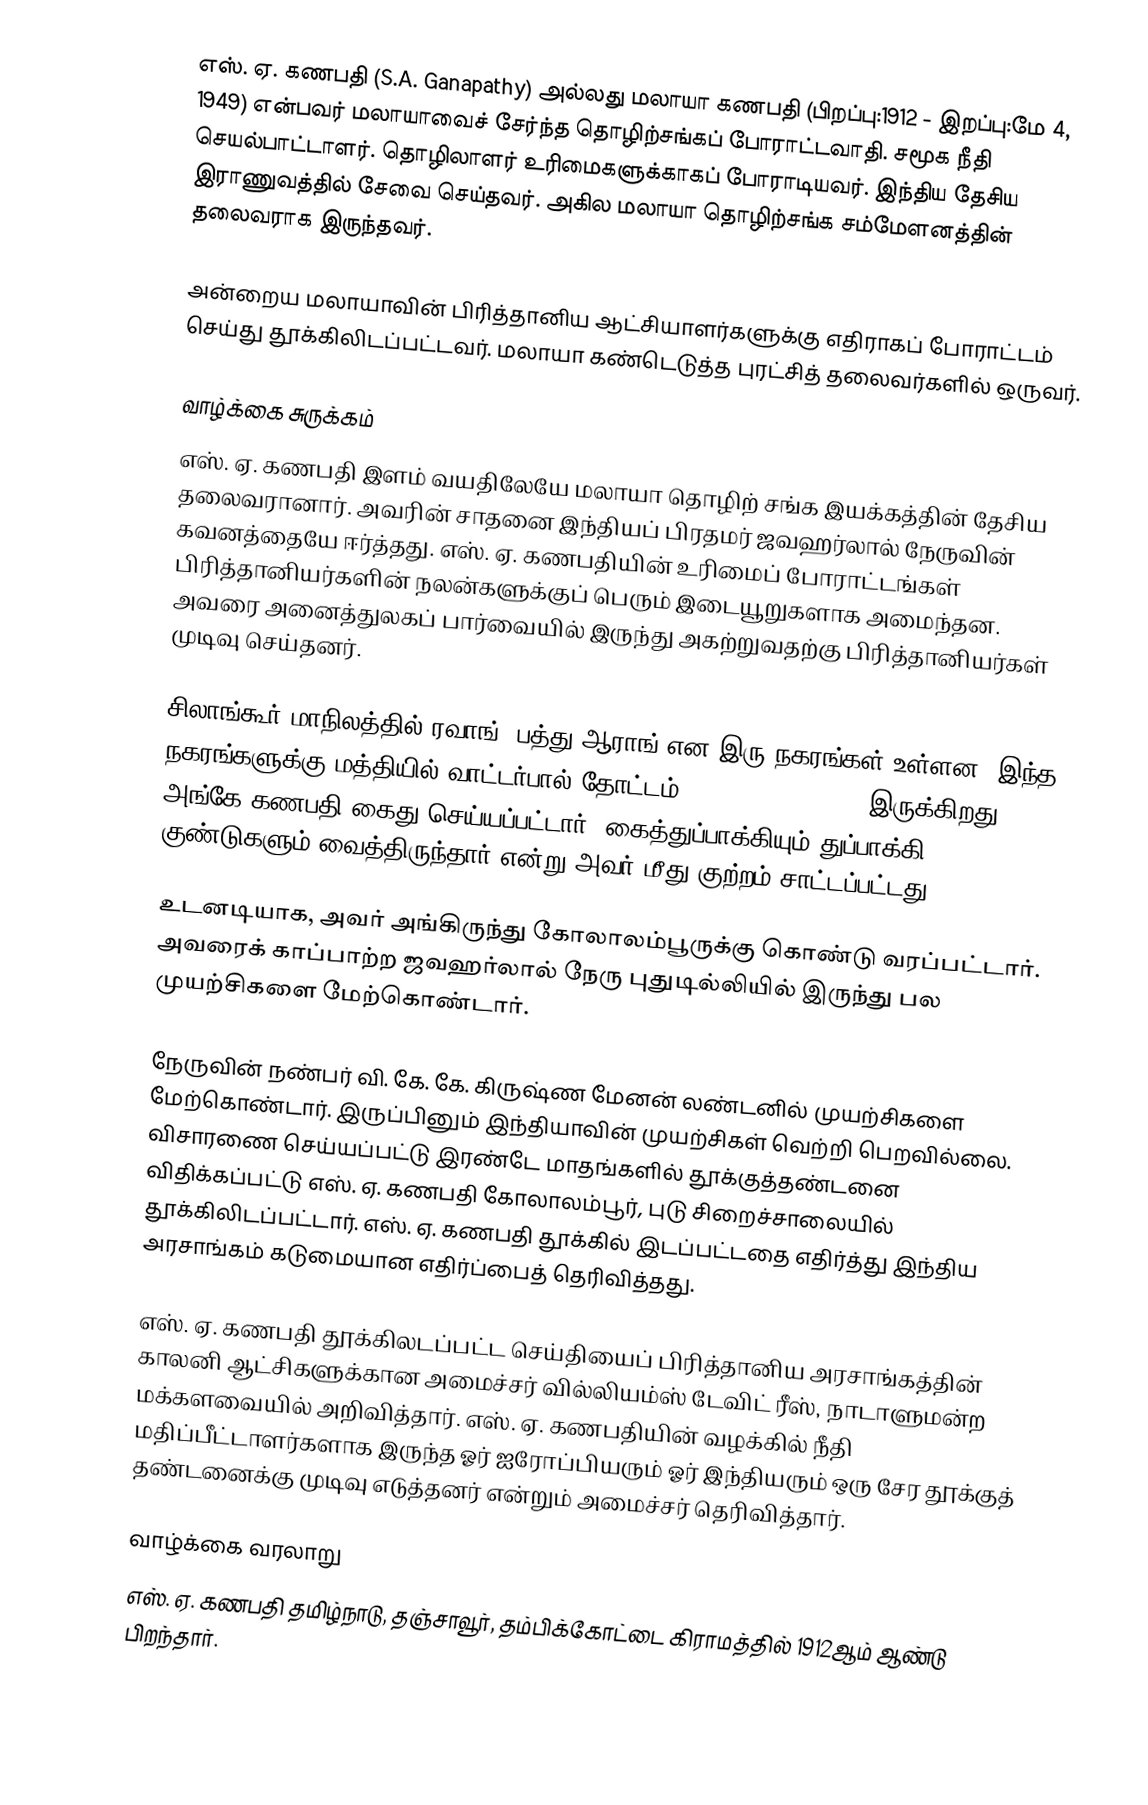
எஸ். ஏ. கணபதி (S.A. Ganapathy) அல்லது மலாயா கணபதி (பிறப்பு:1912 - இறப்பு:மே 4, 1949) என்பவர் மலாயாவைச் சேர்ந்த தொழிற்சங்கப் போராட்டவாதி. சமூக நீதி செயல்பாட்டாளர். தொழிலாளர் உரிமைகளுக்காகப் போராடியவர். இந்திய தேசிய இராணுவத்தில் சேவை செய்தவர். அகில மலாயா தொழிற்சங்க சம்மேளனத்தின் தலைவராக இருந்தவர்.

அன்றைய மலாயாவின் பிரித்தானிய ஆட்சியாளர்களுக்கு எதிராகப் போராட்டம் செய்து தூக்கிலிடப்பட்டவர். மலாயா கண்டெடுத்த புரட்சித் தலைவர்களில் ஒருவர்.

வாழ்க்கை சுருக்கம்
எஸ். ஏ. கணபதி இளம் வயதிலேயே மலாயா தொழிற் சங்க இயக்கத்தின் தேசிய தலைவரானார். அவரின் சாதனை இந்தியப் பிரதமர் ஜவஹர்லால் நேருவின் கவனத்தையே ஈர்த்தது. எஸ். ஏ. கணபதியின் உரிமைப் போராட்டங்கள் பிரித்தானியர்களின் நலன்களுக்குப் பெரும் இடையூறுகளாக அமைந்தன. அவரை அனைத்துலகப் பார்வையில் இருந்து அகற்றுவதற்கு பிரித்தானியர்கள் முடிவு செய்தனர்.

சிலாங்கூர் மாநிலத்தில் ரவாங்,  பத்து ஆராங் என இரு நகரங்கள் உள்ளன. இந்த நகரங்களுக்கு மத்தியில் வாட்டர்பால் தோட்டம் (Waterfall Estate) இருக்கிறது. அங்கே கணபதி கைது செய்யப்பட்டார்.  கைத்துப்பாக்கியும் துப்பாக்கி குண்டுகளும் வைத்திருந்தார் என்று அவர் மீது குற்றம் சாட்டப்பட்டது.

உடனடியாக, அவர்  அங்கிருந்து கோலாலம்பூருக்கு கொண்டு வரப்பட்டார். அவரைக் காப்பாற்ற ஜவஹர்லால் நேரு புதுடில்லியில் இருந்து பல முயற்சிகளை மேற்கொண்டார்.

நேருவின்  நண்பர் வி. கே. கே. கிருஷ்ண மேனன் லண்டனில் முயற்சிகளை மேற்கொண்டார்.  இருப்பினும் இந்தியாவின் முயற்சிகள் வெற்றி பெறவில்லை. விசாரணை செய்யப்பட்டு இரண்டே மாதங்களில் தூக்குத்தண்டனை விதிக்கப்பட்டு எஸ். ஏ. கணபதி கோலாலம்பூர், புடு சிறைச்சாலையில் தூக்கிலிடப்பட்டார். எஸ். ஏ. கணபதி தூக்கில் இடப்பட்டதை எதிர்த்து இந்திய அரசாங்கம் கடுமையான எதிர்ப்பைத் தெரிவித்தது.

எஸ். ஏ. கணபதி தூக்கிலடப்பட்ட செய்தியைப் பிரித்தானிய அரசாங்கத்தின் காலனி ஆட்சிகளுக்கான அமைச்சர் வில்லியம்ஸ் டேவிட் ரீஸ், நாடாளுமன்ற மக்களவையில் அறிவித்தார். எஸ். ஏ. கணபதியின் வழக்கில் நீதி மதிப்பீட்டாளர்களாக இருந்த ஓர் ஐரோப்பியரும் ஓர் இந்தியரும் ஒரு சேர தூக்குத் தண்டனைக்கு முடிவு எடுத்தனர் என்றும் அமைச்சர் தெரிவித்தார்.

வாழ்க்கை வரலாறு
எஸ். ஏ. கணபதி தமிழ்நாடு, தஞ்சாவூர், தம்பிக்கோட்டை கிராமத்தில் 1912ஆம் ஆண்டு பிறந்தார்.